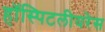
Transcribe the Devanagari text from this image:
हॉस्पिटलीयरेस